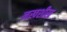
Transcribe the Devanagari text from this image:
नखशीख